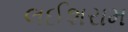
લઈશરામ